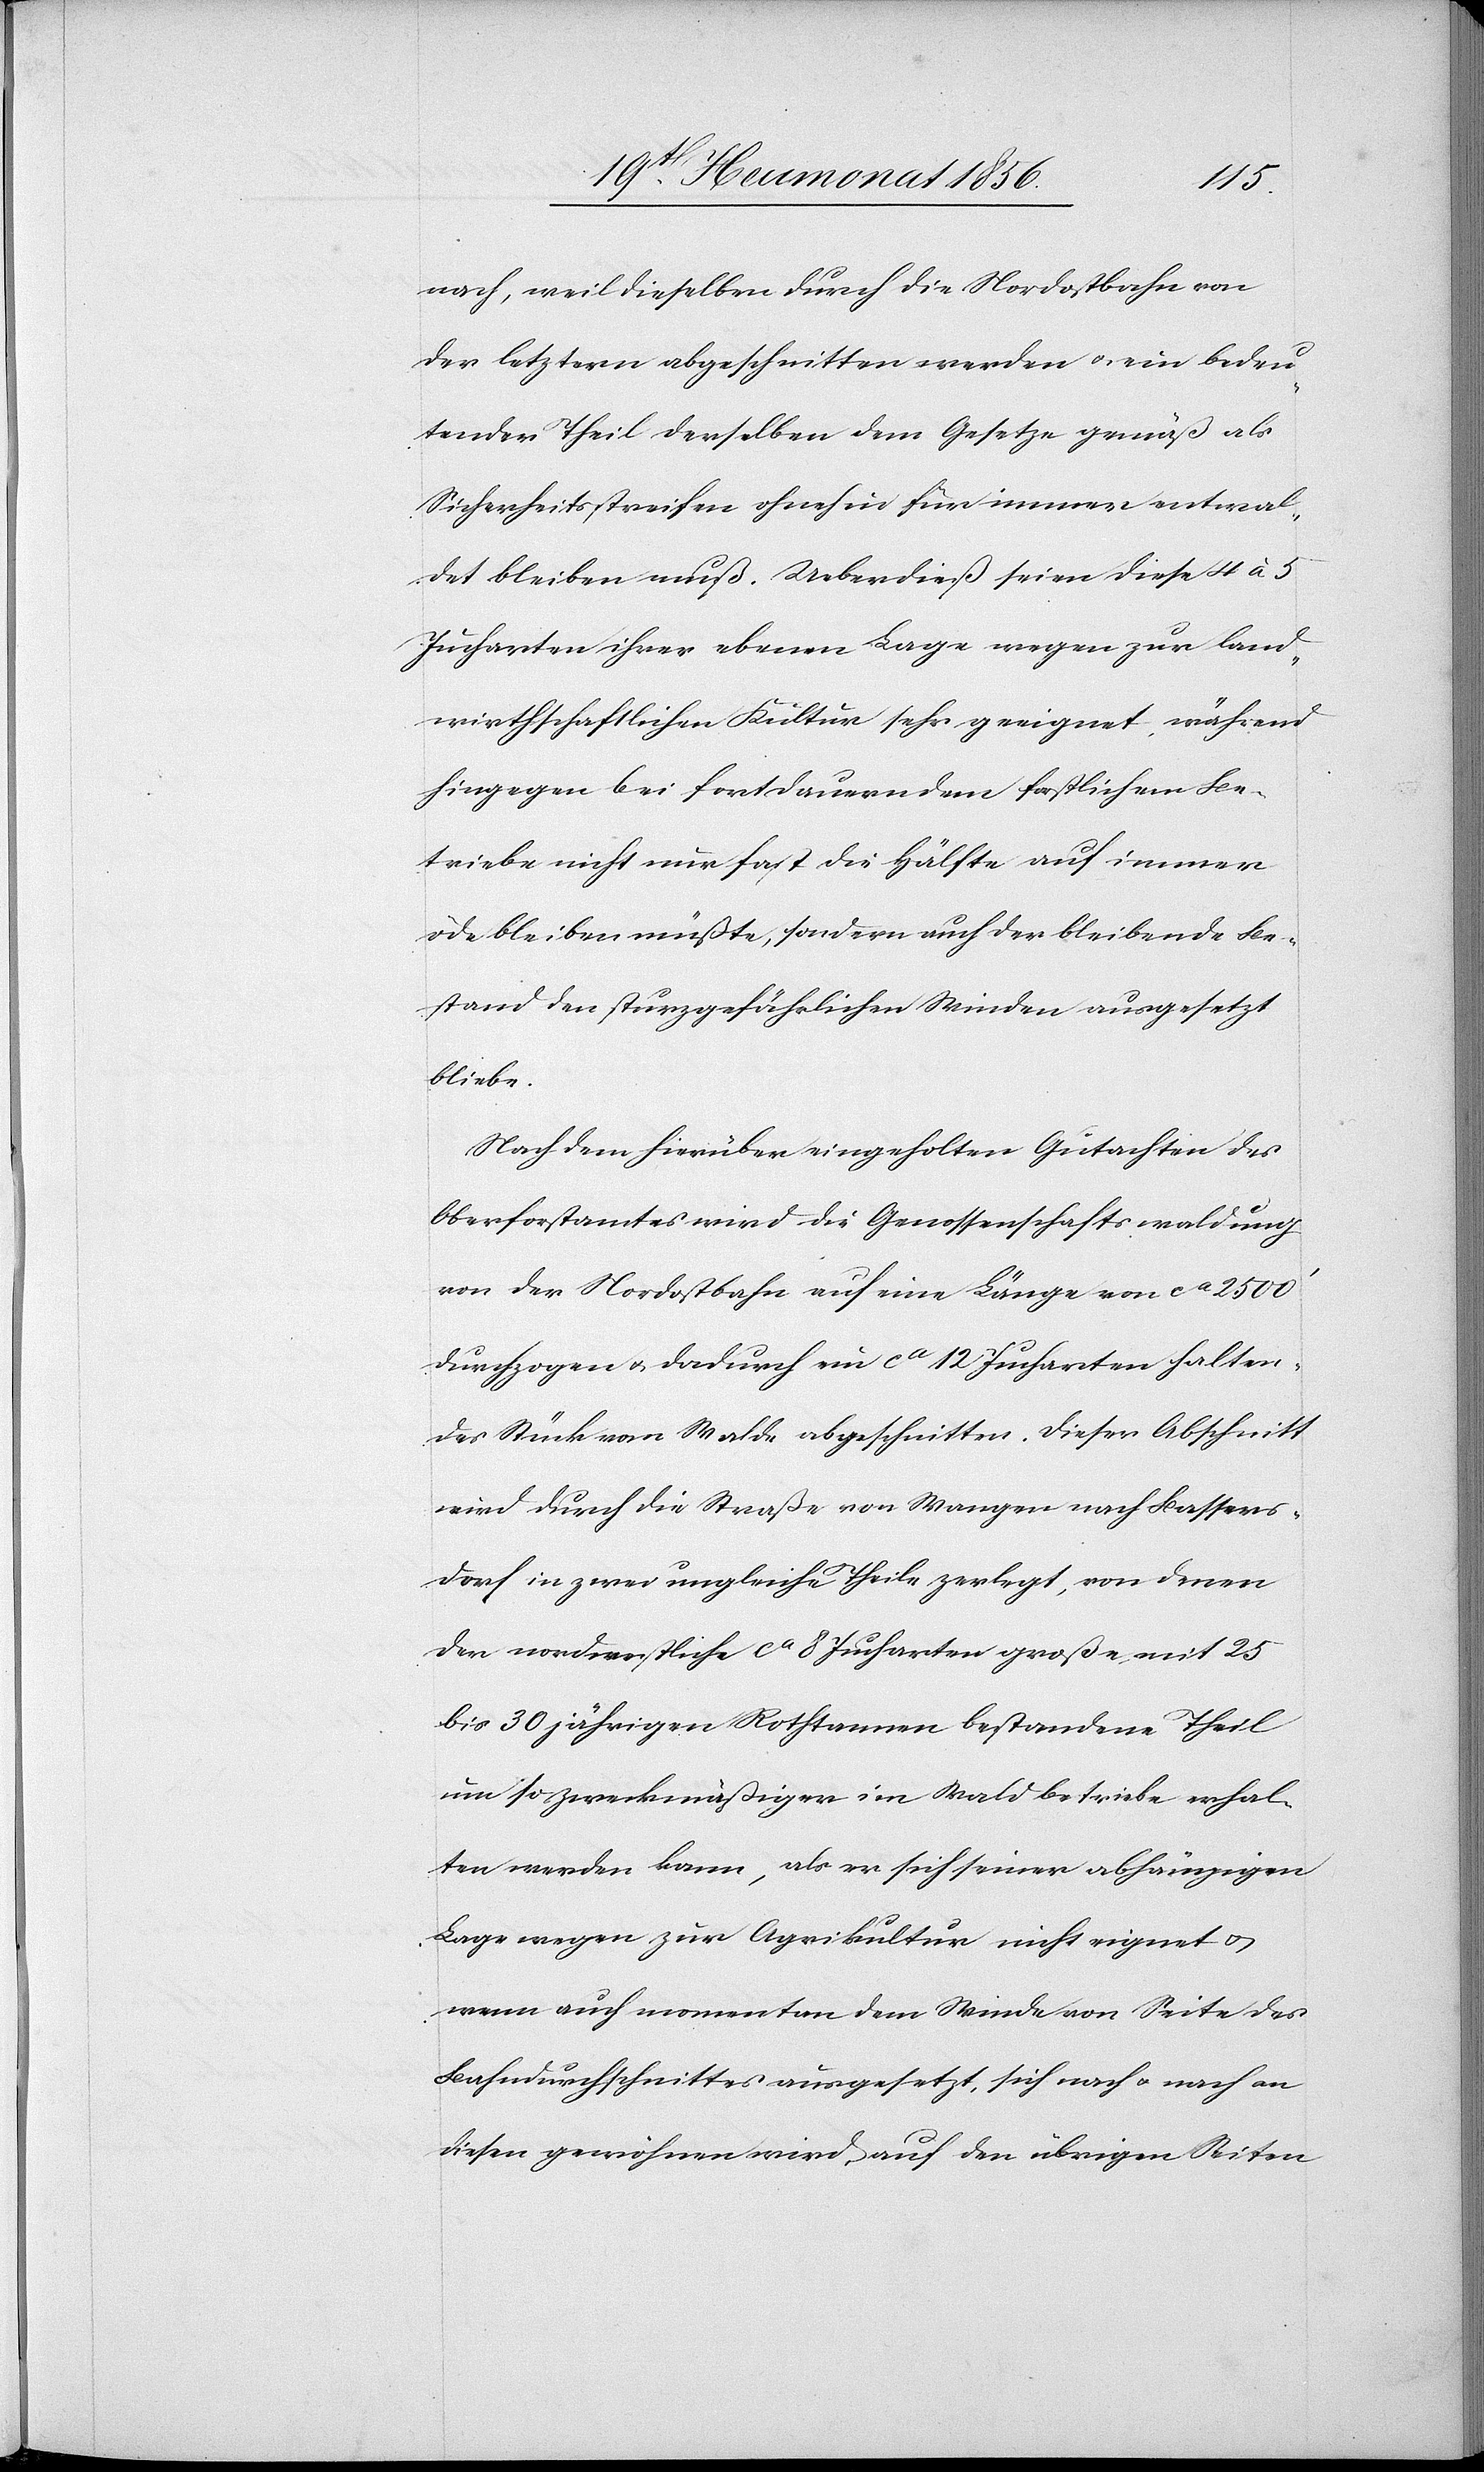
nach, weil dieselben durch die Nordostbahn von
der letztern abgeschnitten werden u. ein bedeu¬
tender Theil derselben dem Gesetze gemäß als
Sicherheitsstreifen ohnehin für immer entwal¬
det bleiben muß. Ueberdieß seien diese 4 à 5
Jucharten ihrer ebenen Lage wegen zur land¬
wirthschaftlichen Kultur sehr geeignet, während
hingegen bei fortdauerndem forstlichem Be¬
triebe nicht nur fast die Hälfte auf immer
öde bleiben müßte, sondern auch der bleibende Be¬
stand den sturzgefährlichen Winden ausgesetzt
bliebe.
Nach dem hierüber eingeholten Gutachten des
Oberforstamtes wird die Genossenschaftswaldung
von der Nordostbahn auf eine Länge von ca 2500'
durchzogen u. dadurch ein ca 12 Jucharten halten¬
des Stück vom Walde abgeschnitten. Dieser Abschnitt
wird durch die Straße von Wangen nach Bassers¬
dorf in zwei ungleiche Theile zerlegt, von denen
der nordwestliche ca 8 Jucharten große, mit 25
bis 30 jährigen Rothtannen bestandene Theil
um so zweckmäßiger im Waldbetriebe erhal¬
ten werden kann, als er sich seiner abhängigen
Lage wegen zur Agrikultur nicht eignet u.
wenn auch momentan dem Winde von Seite des
Bahndurchschnittes ausgesetzt, sich nach u. nach an
diesen gewöhnen wird, auf den übrigen Seiten